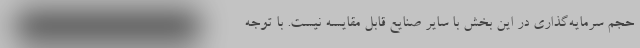
حجم سرمایه‌گذاری در این بخش با سایر صنایع قابل مقایسه نیست. با توجه